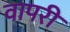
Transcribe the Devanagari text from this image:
वापरी